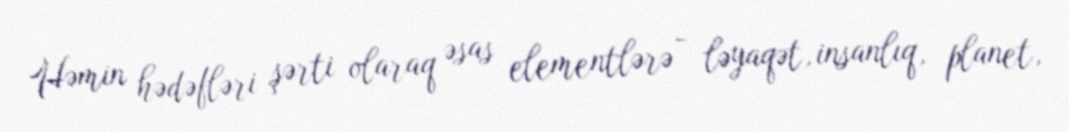
Həmin hədəfləri şərti olaraq əsas elementlərə - ləyaqət, insanlıq, planet,